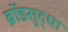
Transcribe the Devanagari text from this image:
ब्रॉडसुद्धा